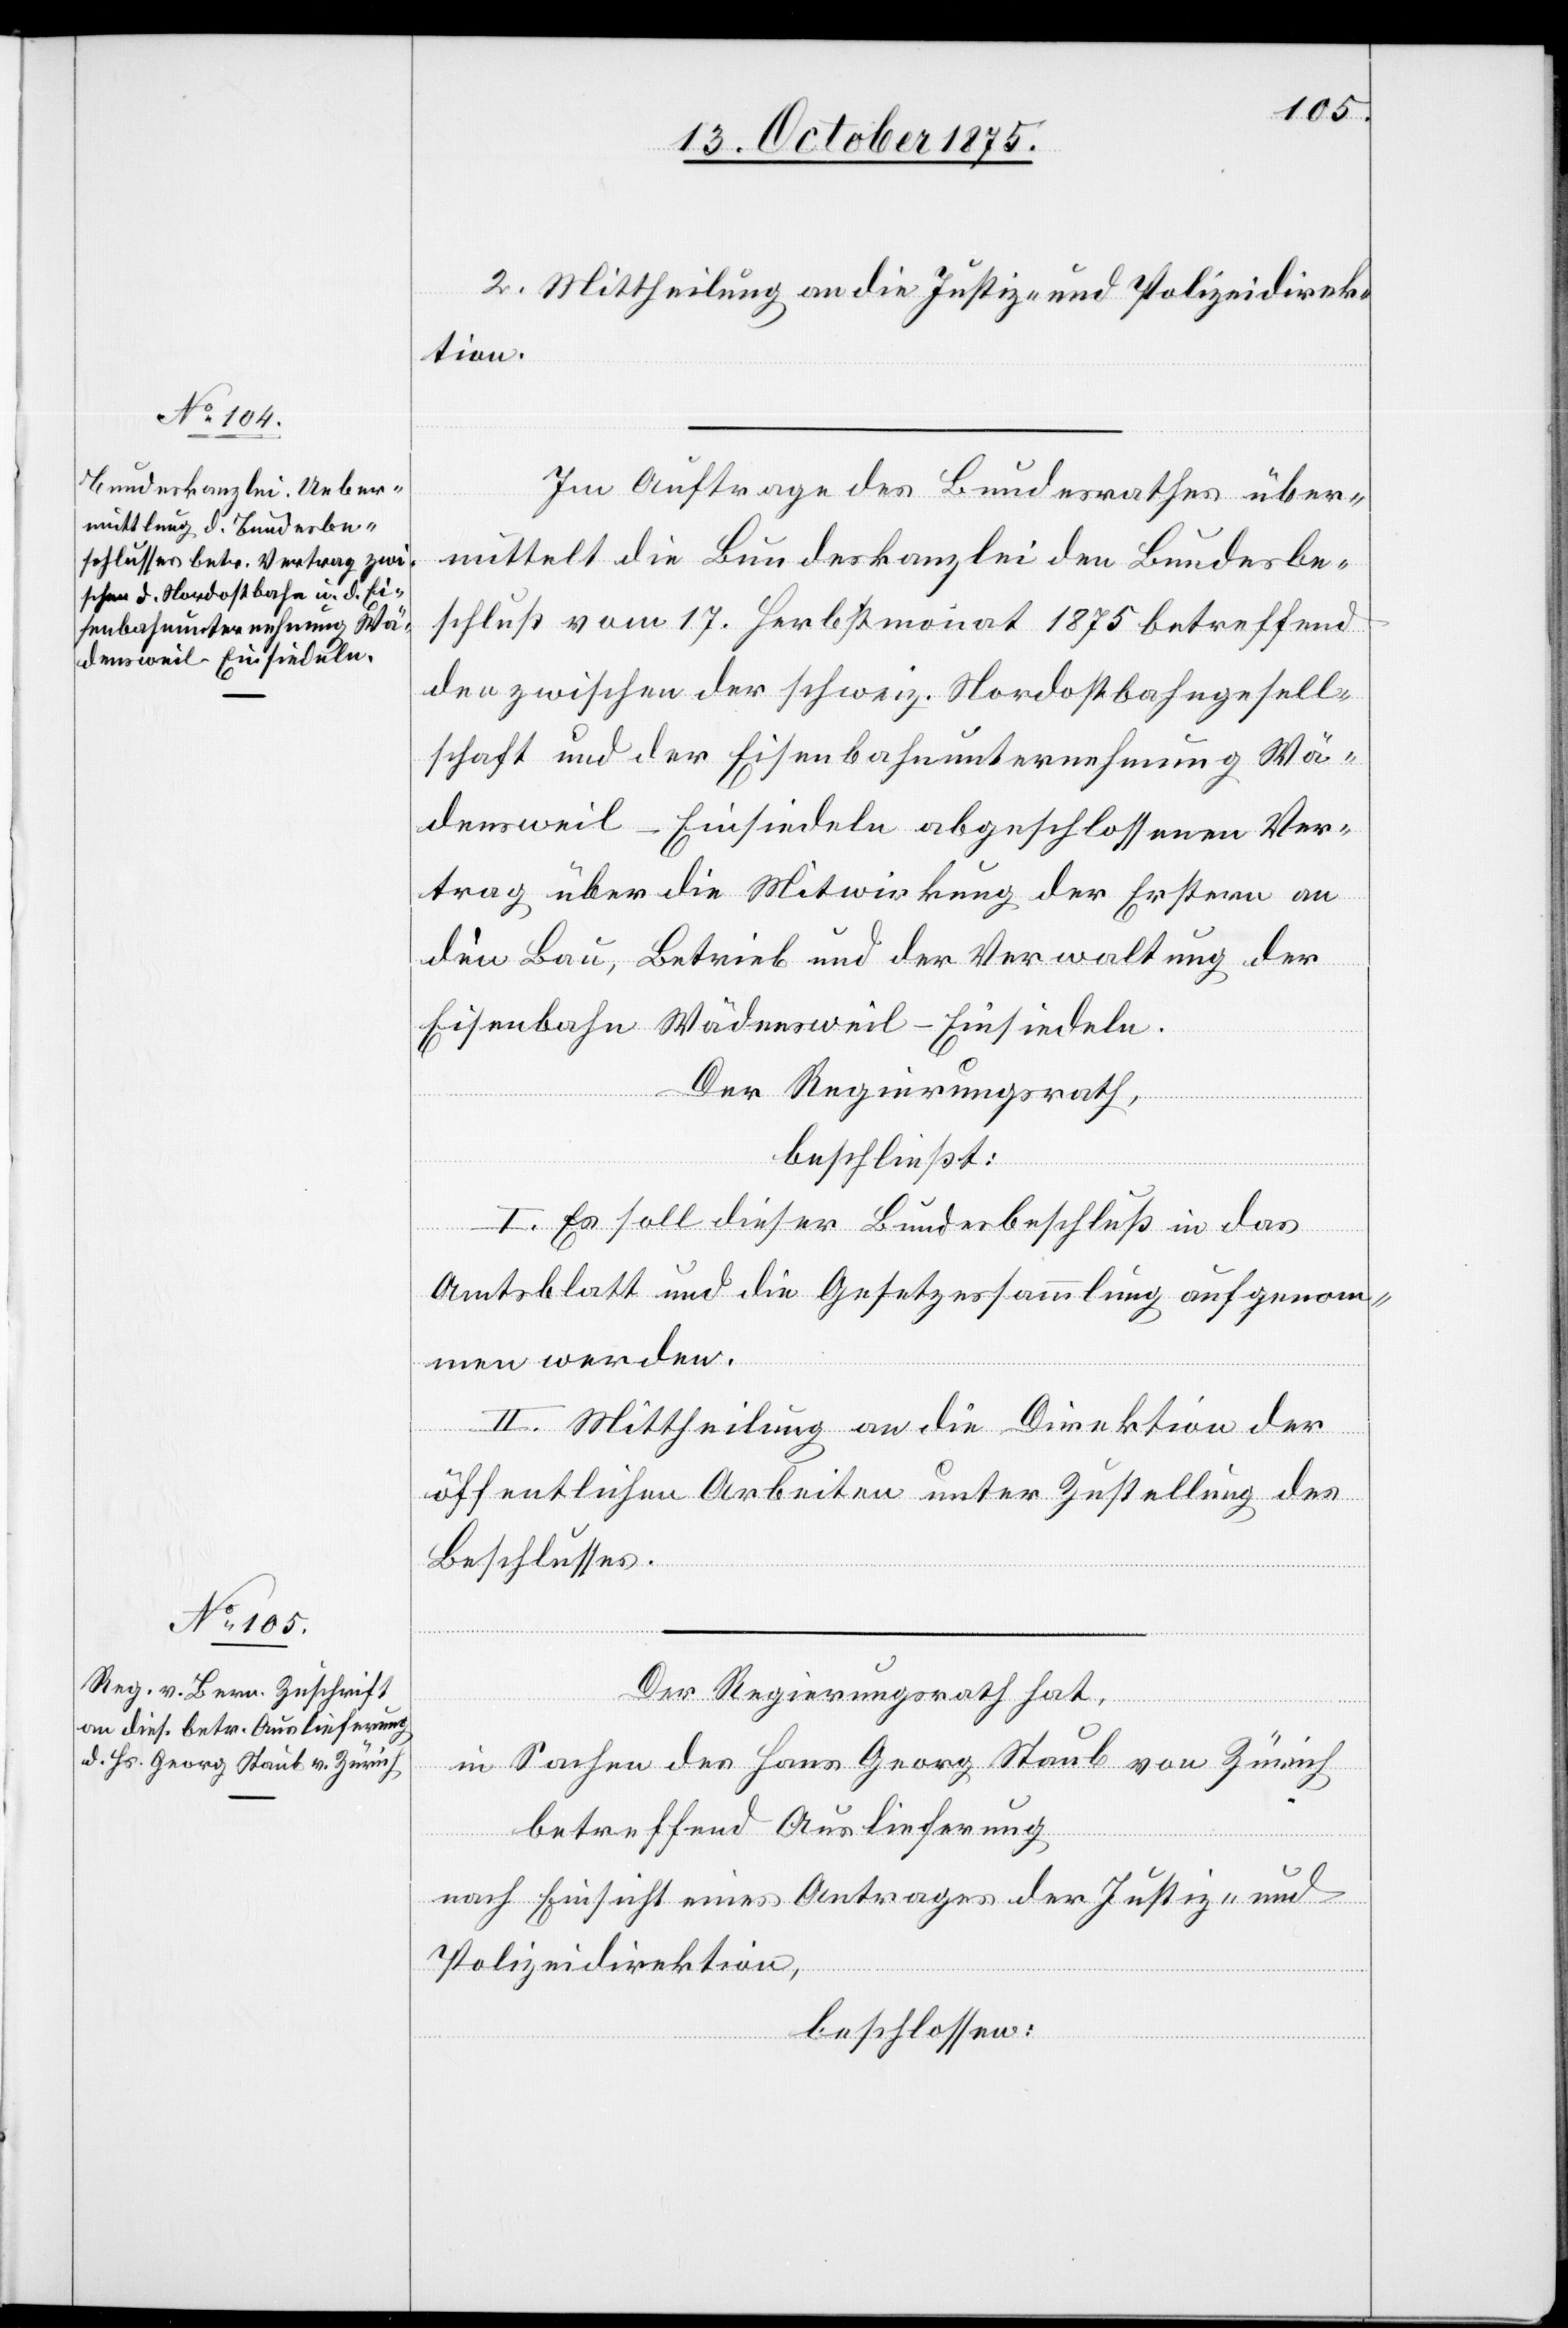
2. Mittheilung an die Justiz- und Polizeidirek¬
tion.
Im Auftrage des Bundesrathes über¬
mittelt die Bundeskanzlei den Bundesbe¬
schluß vom 17. Herbstmonat 1875 betreffend
den zwischen der schweiz. Nordostbahngesell¬
schaft und der Eisenbahnunternehmung Wä¬
densweil–Einsiedeln abgeschlossenen Ver¬
trag über die Mitwirkung der Erstern an
den Bau, Betrieb und der Verwaltung der
Eisenbahn Wädensweil–Einsiedeln.
Der Regierungsrath,
beschließt:
I. Es soll dieser Bundesbeschluß in das
Amtsblatt und die Gesetzessammlung aufgenom¬
men werden.
II. Mittheilung an die Direktion der
öffentlichen Arbeiten unter Zustellung des
Beschlusses.
Der Regierungsrath hat,
in Sachen des Hans Georg Staub von Zürich
betreffend Auslieferung
nach Einsicht eines Antrages der Justiz- und
Polizeidirektion,
beschlossen: